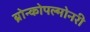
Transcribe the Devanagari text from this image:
ब्रोन्कोपल्मोनरी